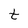
Character: t